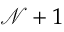
\mathcal { N } + 1